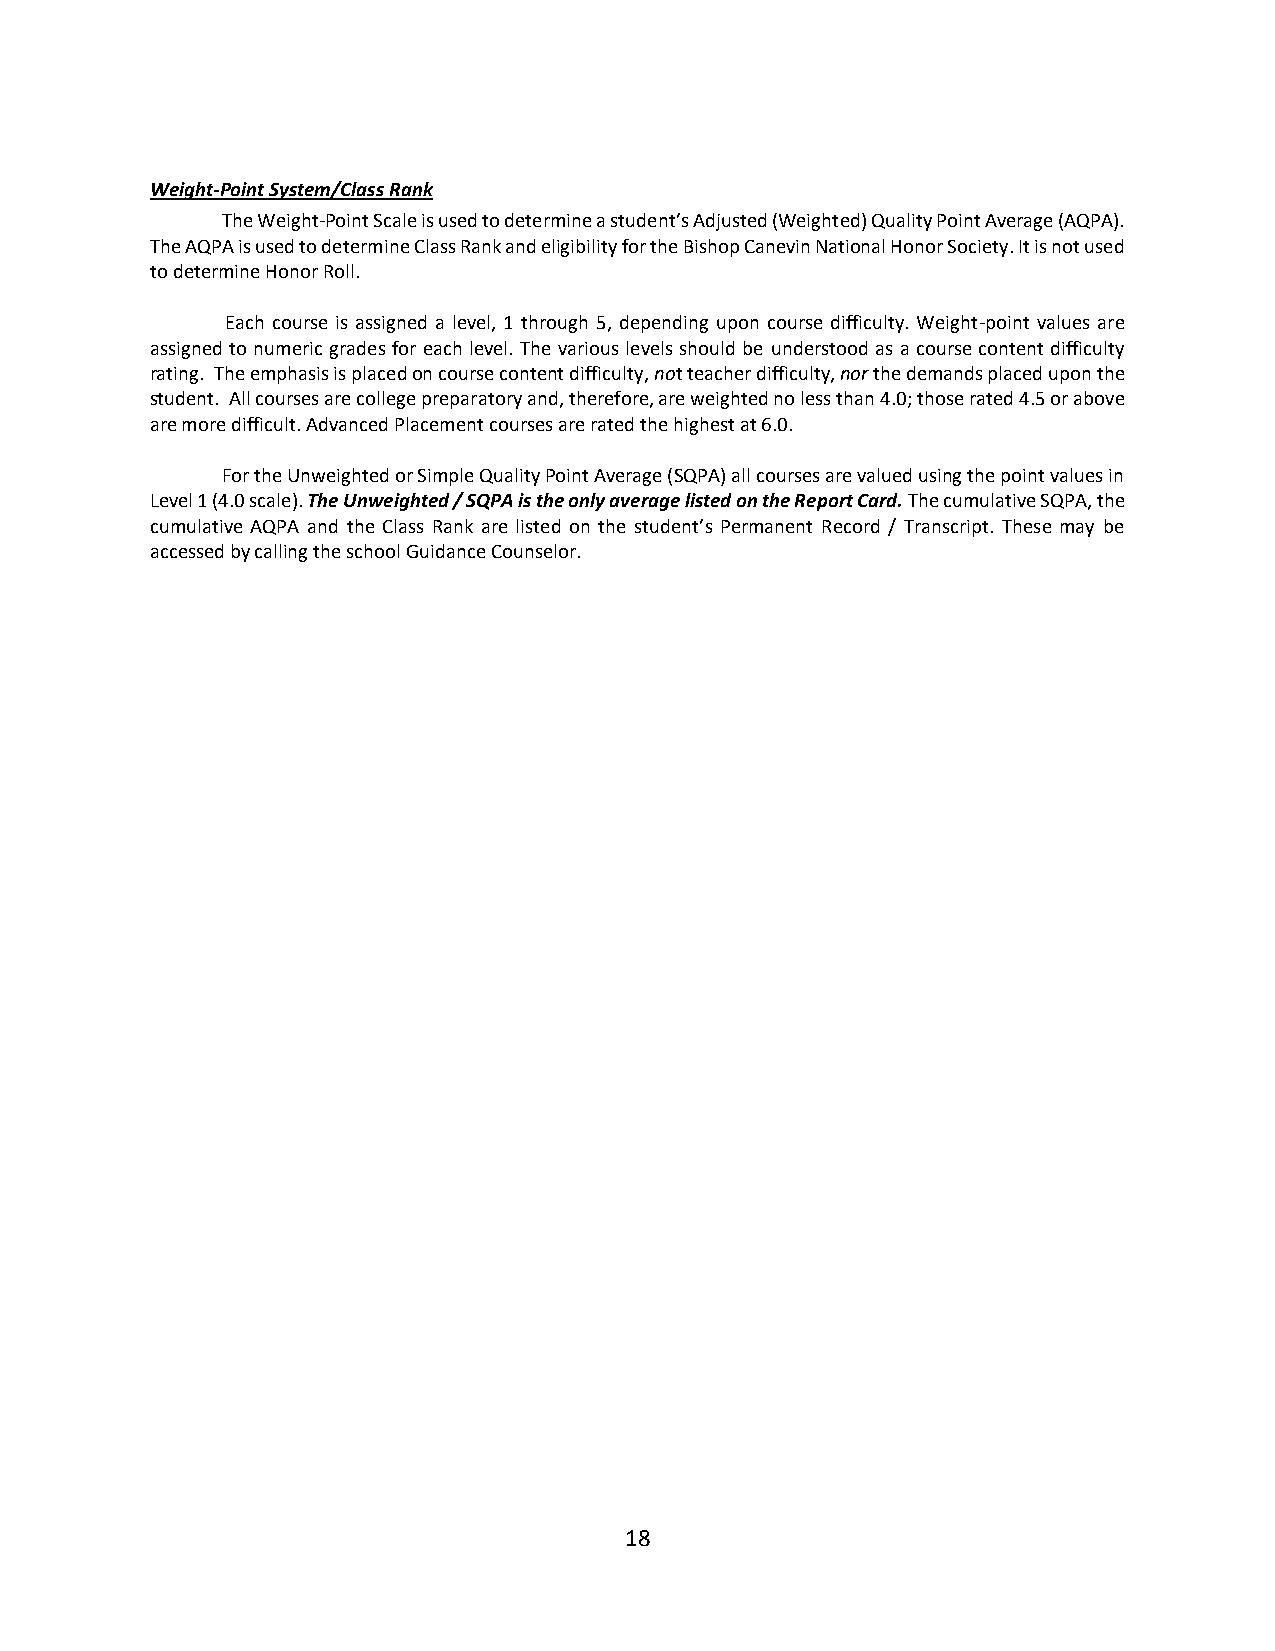
Weight-Point System/Class Rank
 The Weight-Point Scale is used to determine a student’s Adjusted (Weighted) Quality Point Average (AQPA).
 The AQPA is used to determine Class Rank and eligibility for the Bishop Canevin National Honor Society. It is not used
 to determine Honor Roll.
 Each course is assigned a level, 1 through 5, depending upon course difficulty. Weight-point values are
 assigned to numeric grades for each level. The various levels should be understood as a course content difficulty
 rating. The emphasis is placed on course content difficulty, not teacher difficulty, nor the demands placed upon the
 student. All courses are college preparatory and, therefore, are weighted no less than 4.0; those rated 4.5 or above
 are more difficult. Advanced Placement courses are rated the highest at 6.0.
 For the Unweighted or Simple Quality Point Average (SQPA) all courses are valued using the point values in
 Level 1 (4.0 scale). The Unweighted / SQPA is the only average listed on the Report Card. The cumulative SQPA, the
 cumulative AQPA and the Class Rank are listed on the student’s Permanent Record / Transcript. These may be
 accessed by calling the school Guidance Counselor.
 18